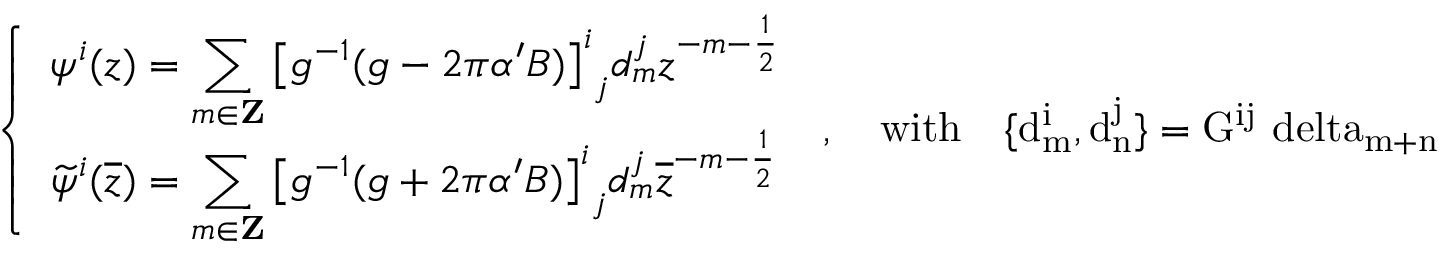
\left\{ \begin{array} { l } { { \displaystyle \psi ^ { i } ( z ) = \sum _ { m \in { \bf Z } } { \left[ g ^ { - 1 } ( g - 2 \pi \alpha ^ { \prime } B ) \right] ^ { i } } _ { j } d _ { m } ^ { j } z ^ { - m - \frac { 1 } { 2 } } } } \\ { { \displaystyle \widetilde { \psi } ^ { i } ( \overline { { { z } } } ) = \sum _ { m \in { \bf Z } } { \left[ g ^ { - 1 } ( g + 2 \pi \alpha ^ { \prime } B ) \right] ^ { i } } _ { j } d _ { m } ^ { j } \overline { { { z } } } ^ { - m - \frac { 1 } { 2 } } } } \end{array} \right. ~ , \quad \mathrm { w i t h ~ \ ~ \{ d _ { m } ^ { i } , d _ { n } ^ { j } \} = G ^ { i j } \ d e l t a _ { m + n } ~ } ~ .